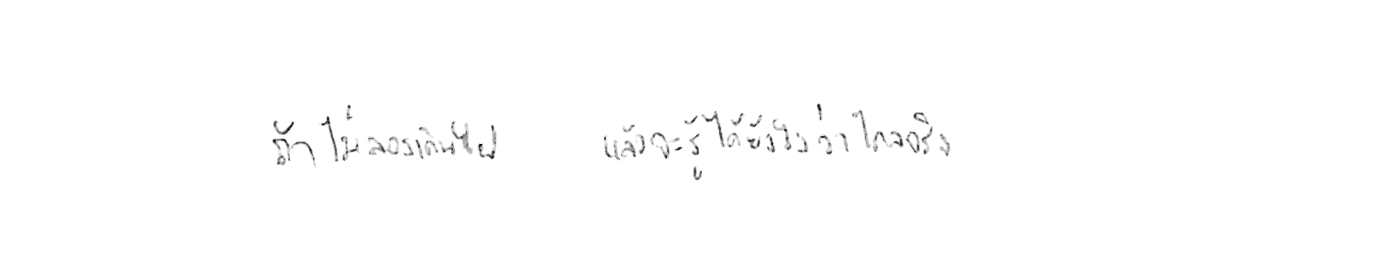
ถ้าไม่ลองเดินไป แล้วจะรู้ได้ยังไงว่าไกลจริง